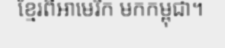
ខ្មែរពីអាមេរិក មកកម្ពុជា។